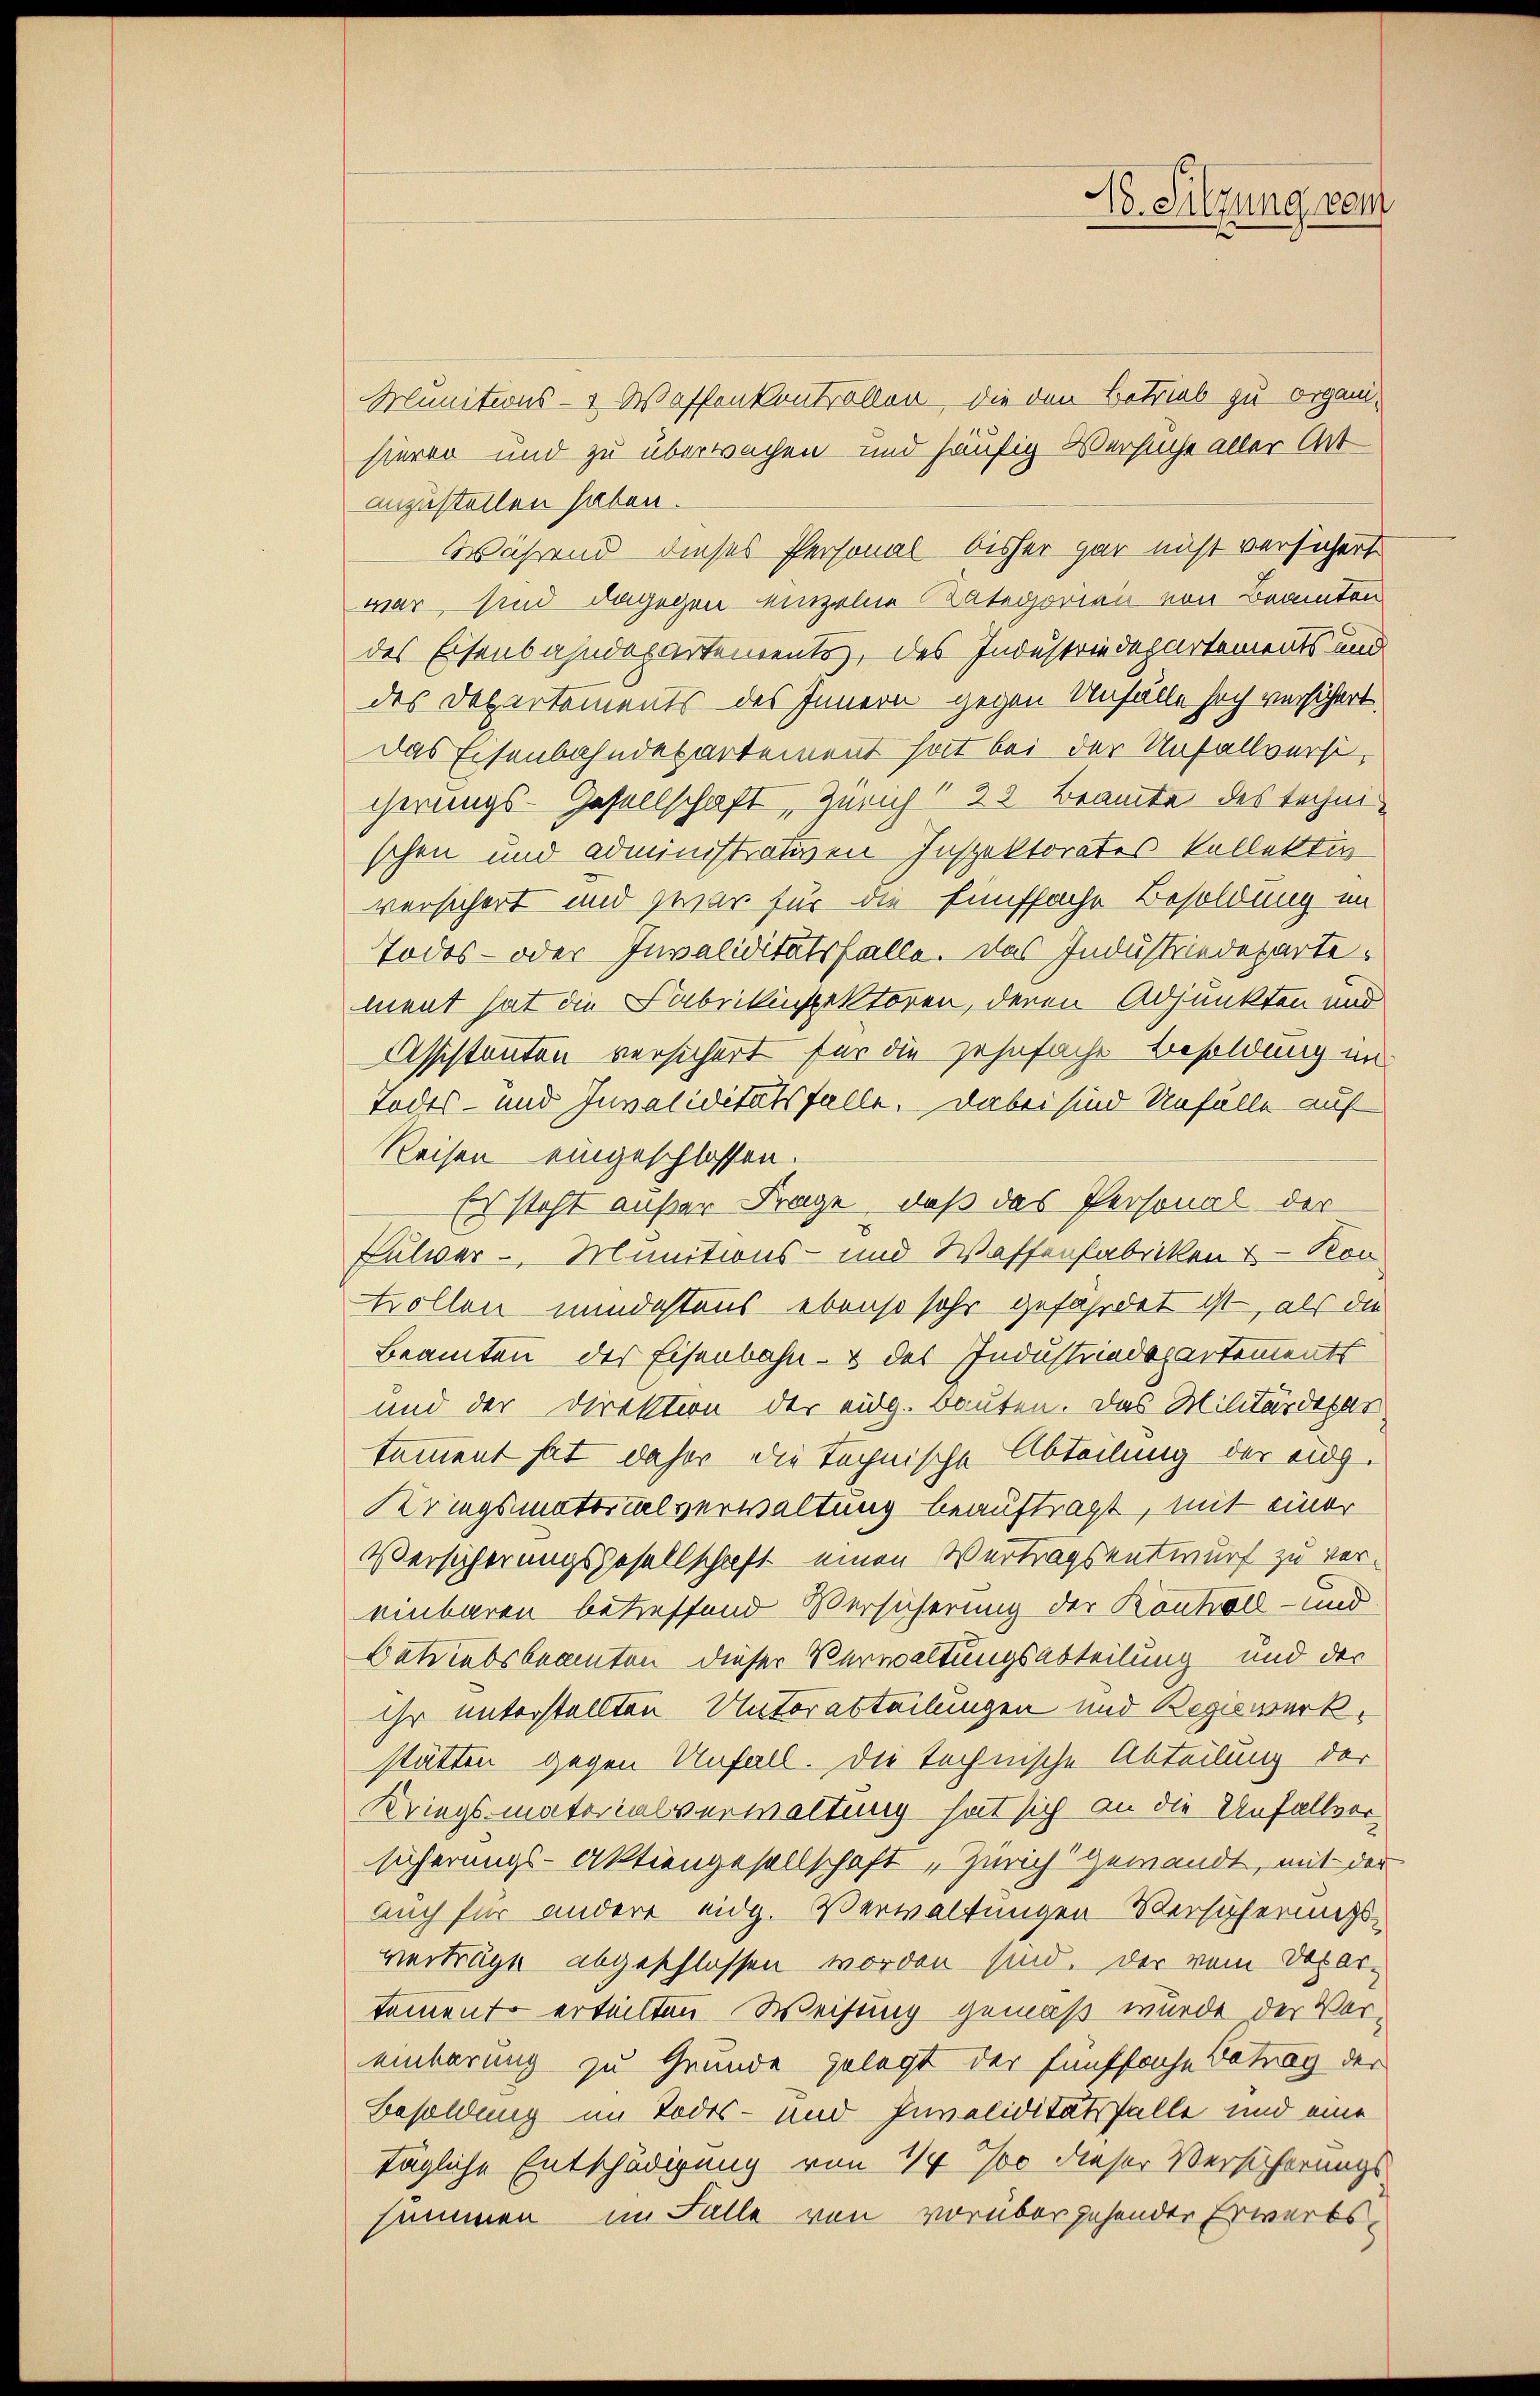
No. Sitzung vom

Munitions- & Waffenkontrollen die den Betrieb zu organihieren und zu überwachen und häufig Versuche aller Art
anzustellen haben.
Während dieses Personal bisher gar nicht versichert
war, sind dagegen einzelne Kategorien von Beamten
des Eisenbahndepartements, des Industriedepartements und
des Departements des Innern gegen Unfälle hoch versichert.
Das Eisenbahndepartement hat bei der Unfallversicherungs-Gesellschaft Zürich 28 Beamte des technischen und administrativen Inspektorates kollettin
versichert und zwar für die Fünffache Besoldung im
Todes- oder Invaliditätsfalle. Das Industriedepartement hat die Fabrikinspektoren, deren Adjunkten und
Assistanton versichert für die zehnfache Besoldung in
Todes- und Invaliditätsfalle. Dabei sind Unfälle auf
Reisen eingeschlossen.
Es steht unser Frage, daß das Personal der
Fulver - Munitions- und Wassenfabriken & Kon-
tollen mindestens ebenso sehr gefährdet ist, als die
Beamten der Eisenbahn- & des Industriedepartements
und der Direktion der eidg. Bauten. Das Militärdepar
tamment hat daher die technische Abteilung der eidg.
Kriegsmatorialverwaltung beauftragt, mit einer
Versicherungsgesellschaft einen Vertragsentwurf zu vereinbaren betreffend Versicherung der Konkoll- und
Betriebsbeamten dieser Verwaltungsabteilung und der
ihr unterstellten Unterabteilungen und Begiewerkstätten gegen Unfall. Die technische Abteilung der
Kriegsmaterialverwaltung hat sich an die Unfallver-
sicherungs-Aktiengesellschaft „Zürich gewandt, mit der
auch für andere eidg. Verwaltungen Versicherungsverträge abgeschlossen worden sind. Der vom Departemento erteilten Weisung gemäß wurde der Vereinbarung zu Grunde gelegt der fünffache Betrag der
Besoldung im Todes- und Invaliditätsfalle und eine
tägliche Entschädigung von 1 700 dieser Versicherungs
summen im Falle von vorübergehender Erwerbs¬